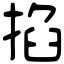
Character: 掐